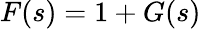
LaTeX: F(s)=1+G(s)